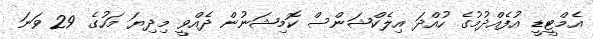
އެމްޓީޑީ އުފެއްދުމުގެ ހުއްދަ އިލެކްޝަންސް ކޮމިޝަނުން ދެއްވީ މިދިޔަ މަހުގެ 29 ވަނަ